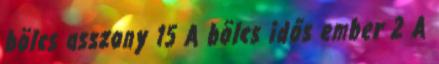
bölcs asszony 15 A bölcs idős ember 2 A